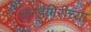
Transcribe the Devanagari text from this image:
कन्हगिरीच्या